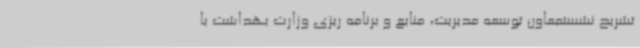
تشریح نشستمعاون توسعه مدیریت، منابع و برنامه ریزی وزارت بهداشت با